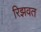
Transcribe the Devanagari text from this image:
रिझवत